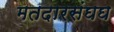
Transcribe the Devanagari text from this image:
मतदारसंघघ